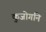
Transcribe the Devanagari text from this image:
कुजोगनि